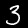
Digit: 3